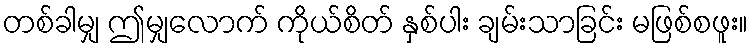
တစ်ခါမျှ ဤမျှလောက် ကိုယ်စိတ် နှစ်ပါး ချမ်းသာခြင်း မဖြစ်စဖူး။